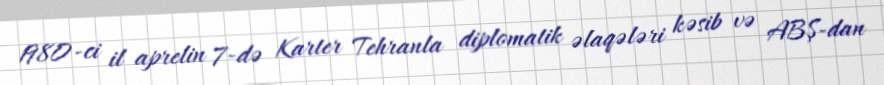
1980-ci il aprelin 7-də Karter Tehranla diplomatik əlaqələri kəsib və ABŞ-dan